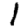
Digit: 1